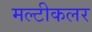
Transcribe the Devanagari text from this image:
मल्टीकलर